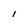
Character: l